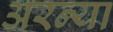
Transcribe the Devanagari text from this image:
अरन्या